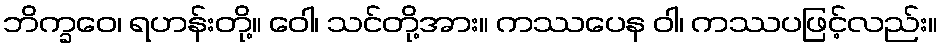
ဘိက္ခဝေ၊ ရဟန်းတို့။ ဝေါ၊ သင်တို့အား။ ကဿပေန ဝါ၊ ကဿပဖြင့်လည်း။